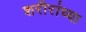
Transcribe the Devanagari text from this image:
शरीरांच्या